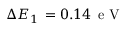
\Delta E _ { 1 } \, = 0 . 1 4 \, \mathrm { ~ e ~ V ~ }